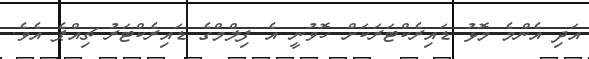
އަދި އެންމެ މޮޅު ޑައިރެކްޓަރަކަށް ހޮވުނީ އެ ފިލްމްގެ ޑައިރެކްޓަރު ޗިއްޕެ އެވެ.